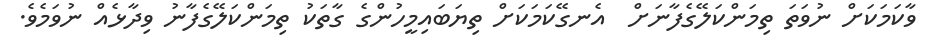
ވާކަމަކަށް ނުވަތަ ތިމަންކަލޭގެފާނަށް  އެނގޭކަމަކަށް ތިޔަބައިމީހުންގެ ގާތަކު ތިމަންކަލޭގެފާނު ވިދާޅެއް ނުވަމެވެ.